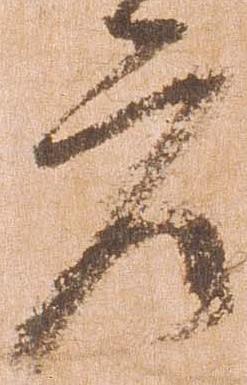
庄